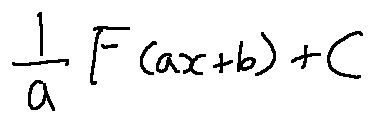
\frac { 1 } { a } F ( a x + b ) + C